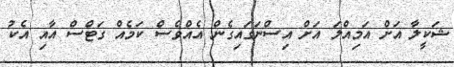
ޝަކީލާ އަށް އަމިއްލަ އަށް އިސްނަގައިގެން އެއްވެސް ކަމެއް ގަޓްސް އާއި އެކު